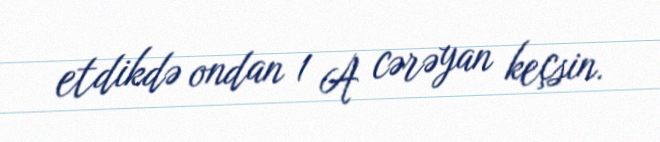
etdikdə ondan 1 A cərəyan keçsin.